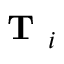
\textbf { T } _ { i }